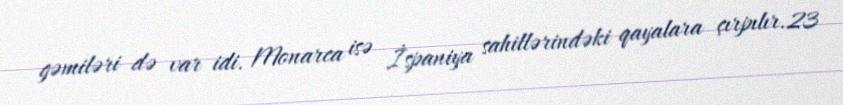
gəmiləri də var idi. Monarca isə İspaniya sahillərindəki qayalara çırpılır.23